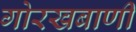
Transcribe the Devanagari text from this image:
गोरखबाणी